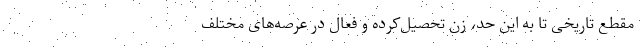
مقطع تاریخی تا به این حد، زن تحصیل‌کرده و فعال در عرصه‌های مختلف